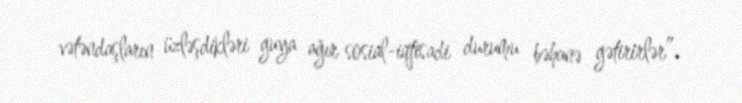
vətəndaşların üzləşdikləri guya ağır sosial-iqtisadi durumu bəhanə gətirirlər”.